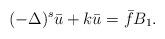
LaTeX: \begin{align*}(-\Delta)^s\bar u +k \bar u &= \bar f B_1.\end{align*}